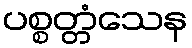
ပစ္စတ္တံသေန